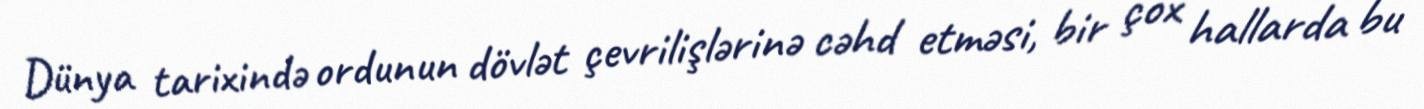
Dünya tarixində ordunun dövlət çevrilişlərinə cəhd etməsi, bir çox hallarda bu